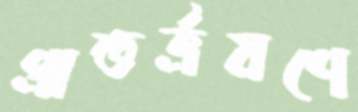
প্রাতর্ভ্রমণে